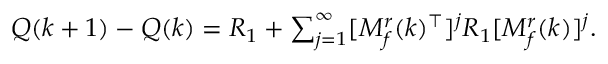
Q ( k + 1 ) - Q ( k ) = R _ { 1 } + \textstyle \sum _ { j = 1 } ^ { \infty } [ M _ { f } ^ { r } ( k ) ^ { \top } ] ^ { j } R _ { 1 } [ M _ { f } ^ { r } ( k ) ] ^ { j } .